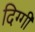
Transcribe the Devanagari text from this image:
दिग्गी